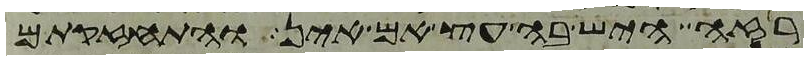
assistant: רזה היש בה עץ אם אין והתחזקתם